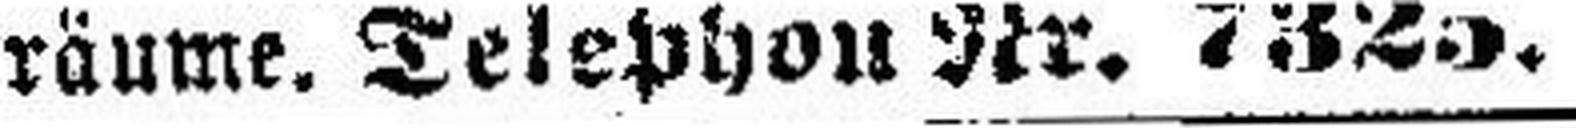
räume. Telephon Nr. 7325